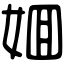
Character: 𡜼